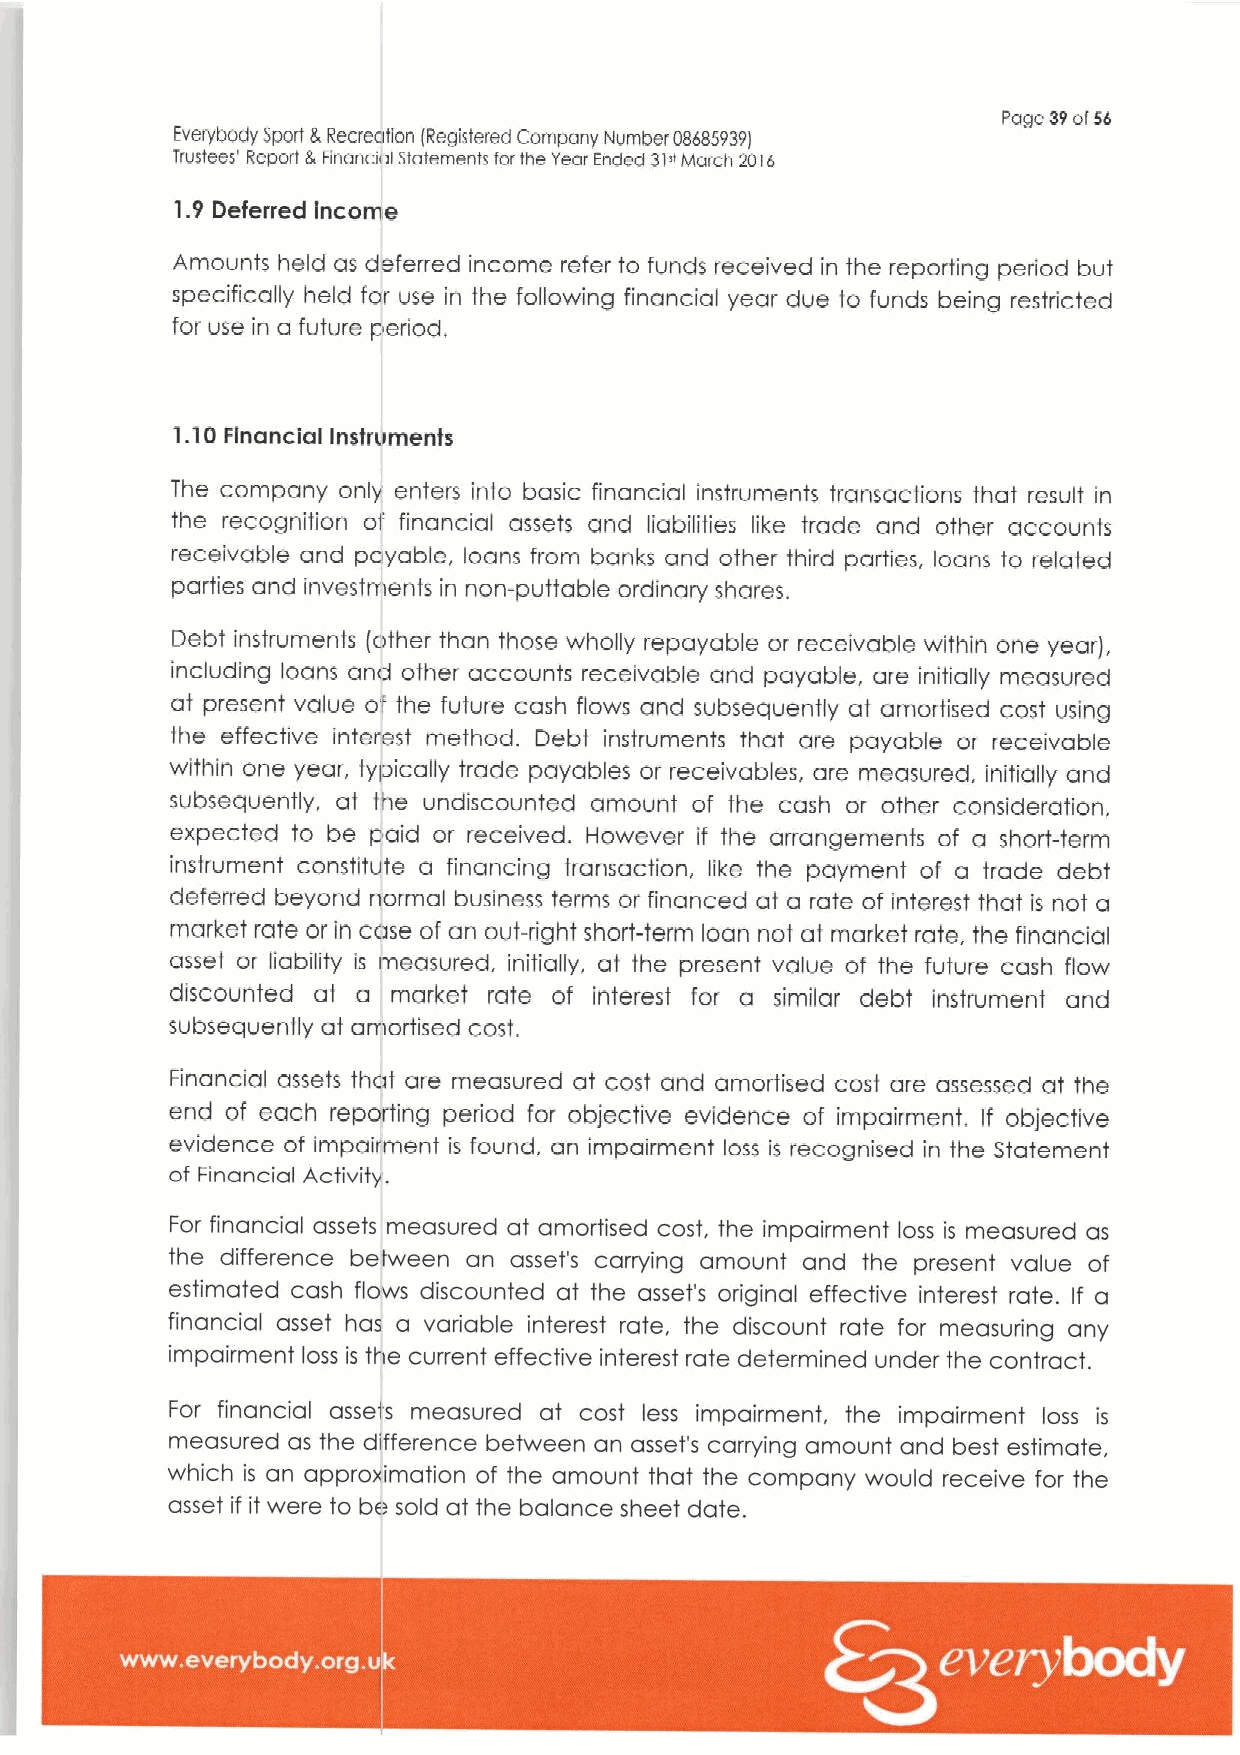
Page 39ofsb
 Everybody sport 8,Recreation IReglstered company htumber 08685939I
 Trustees' Report 8 Financial Slatementr forthe Year Ended 31vivlarch 2016
 1.9 Deferred income
 Amounts held as deferred income refer fo funds received in the reporting period but
 specifically held for use in the following financial year due to funds being restfficted
 for use in a future period,
 1.10Firfancfal
 Instruments
 The company only enters into basic financial instruments transactions that result in
 the recognition of financial assets and liabilities like trade and other accounts
 receivable and payable, loans from banks and other third parties, loans to related
 parties and investments in non-puttable ordinary shares.
 Debt instruments (other than those wholly repayable or receivable within one year),
 including loans and other accounts receivable and payable, are initially measured
 at present value of the future cash flows and subsequently at amortised cost using
 the effective interest method. Debt instruments that are payable or receivable
 within one year, typically trade payables or receivables, are measured, initially and
 subsequently, at the undiscounted amount of the cash or other consideration,
 expected to be paid or received. However if the arrangements of a short-term
 instrument constitute a financing transacfion, like the payment of a trade debt
 deferred beyond normal business terms or financed at a rate of interesf that is not a
 market rate or in case of an out-right short-term loan not at market rate. the financial
 asset or liability is measured. initially, at the present value of the future cash flow
 discounted at a market rate of interest for a similar debt instrument and
 subsequently at amortised cost.
 Financial assets that are measured at cost and amortised cost are assessed at the
 end of each reporting period for objective evidence of impairment. If objective
 evidence of impait'ment is found, an impairment loss is recognised in the Statement
 of Financial Activity.
 For financial assets measured at amortised cost, the impairment loss is measured as
 the difference between an asset's carrying amount and the present value of
 estimated cash flows discounted at the asseys original effective interest rate. If a
 financial asset has a variable interest rate, the discount rate for measuring any
 impairment loss is the currenf effective interest rate determined under the contract,
 For financial assets measured at cost less impairment, the impairment loss is
 measured as the difference between an asset's carrying amount and best estimate,
 which is an approximation of the amount that the company would receive for the
 asset if it were to be sold at the balance sheet date.
 ~ ~ ~